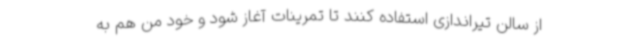
از سالن تیراندازی استفاده کنند تا تمرینات آغاز شود و خود من هم به